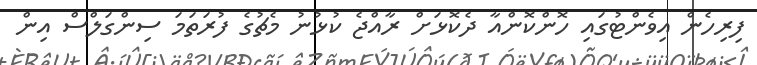
ފިރިހެން އިވެންޓުގައި ހޮންކޮންއާ ދެކޮޅަށް ރާއްޖެ ކުޅުނު މެޗުގެ ފުރަތަމަ ސިންގަލްސް އިން